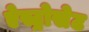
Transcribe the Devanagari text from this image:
ऐस्ट्रोसेट